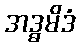
အဒ္ဓမိဒံ